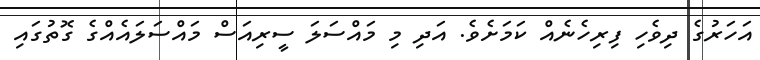
އަހަރުގެ ދިވެހި ފިރިހެނެއް ކަމަށެވެ. އަދި މި މައްސަލަ ސީރިއަސް މައްސަލައެއްގެ ގޮތުގައި